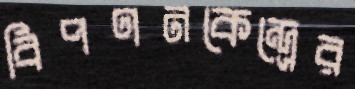
বিপণনকেন্দ্রের